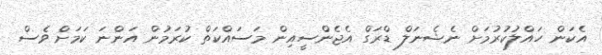
އެކަން ހައްލުކުރުމަށް ނެޝެނަލް ޑްރަގް އެޖެންސީއިން މަސައްކަތް ކުރަމުން އަންނަ ކަމަށް ވެސް